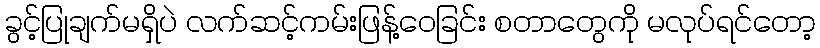
ခွင့်ပြုချက်မရှိပဲ လက်ဆင့်ကမ်းဖြန့်ဝေခြင်း စတာတွေကို မလုပ်ရင်တော့